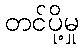
တင်ပို့မှု